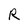
Character: R